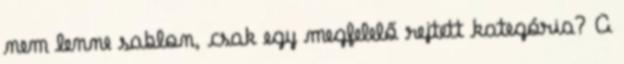
nem lenne sablon, csak egy megfelelő rejtett kategória? A